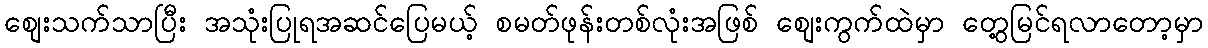
စျေးသက်သာပြီး အသုံးပြုရအဆင်ပြေမယ့် စမတ်ဖုန်းတစ်လုံးအဖြစ် စျေးကွက်ထဲမှာ တွေ့မြင်ရလာတော့မှာ